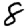
Digit: 8